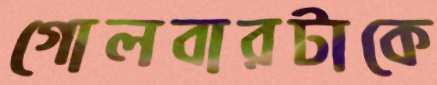
গোলবারটাকে